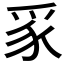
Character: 𭶮